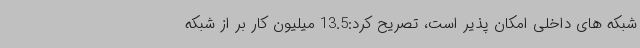
شبکه های داخلی امکان پذیر است، تصریح کرد:13.5 میلیون کار بر از شبکه